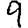
Digit: 9